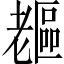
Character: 𦓇